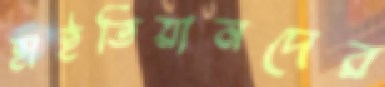
হাইতিয়ানদের